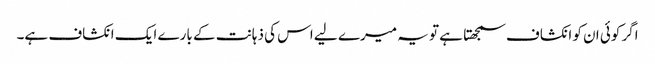
اگر کوئی ان کو انکشاف سمجھتا ہے تو یہ میرے لیے اس کی ذہانت کے بارے ایک انکشاف ہے۔